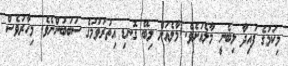
މިކަމުގެ ފައިދާ ލިބެނީ މާލެއަށެވެ. މާލެއަށް ލިބޭ ގޮނޑި އިތުރުވުމުގެ ސަބަބުންނެވެ. މިހާރުވެސް